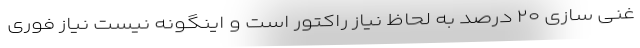
غنی سازی ۲۰ درصد به لحاظ نیاز راکتور است و اینگونه نیست نیاز فوری